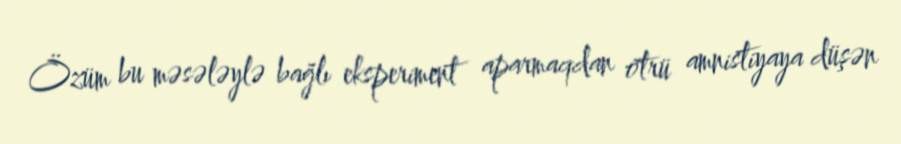
Özüm bu məsələylə bağlı eksperiment aparmaqdan ötrü amnistiyaya düşən